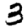
Digit: 3